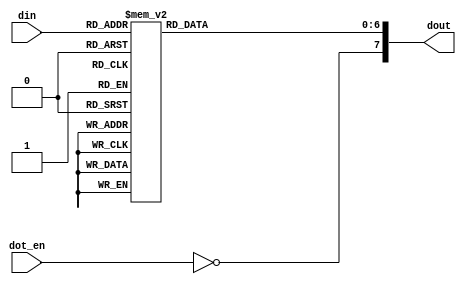
`default_nettype none
/*

  0
  __
 |5 |1
  __ 6
 |4 |2
  __3
 
 dot = 7
 
 low active 
 */

module SevenDec #(parameter DW = 4) // Hexadecimal input
  (input  wire [DW-1:0] din,
   input  wire dot_en,
   output wire [7:0] dout);

  reg [6:0] seven_dec; // NOT a register. This is for a comb circuit.

  always @(*) begin
    begin
      case(din)
        4'd0: begin
          seven_dec = 7'b1000000;
        end
        4'd1: begin
          seven_dec = 7'b1111001;
        end
        4'd2: begin
          seven_dec = 7'b0100100;
        end
        4'd3: begin
          seven_dec = 7'b0110000;
        end
        4'd4: begin
          seven_dec = 7'b0011001;
        end
        4'd5: begin
          seven_dec = 7'b0010010;
        end
        4'd6: begin
          seven_dec = 7'b0000010;
        end
        4'd7: begin
          seven_dec = 7'b1011000;
        end
        4'd8: begin
          seven_dec = 7'b0000000;
        end
        4'd9: begin
          seven_dec = 7'b0010000;
        end
        4'd10: begin // HEX A
          seven_dec = 7'b0001000;
        end
        4'd11: begin // HEX B -> "small" b not 6
          seven_dec = 7'b0000011;
        end
        4'd12: begin // HEX C
          seven_dec = 7'b1000110;
        end
        4'd13: begin // HEX D -> "small" d
          seven_dec = 7'b0100001;
        end
        4'd14: begin // HEX E
          seven_dec = 7'b0000110;
        end
        4'd15: begin // HEX F
          seven_dec = 7'b0001110;
        end
      endcase
    end
  end
  
  assign dout = {~dot_en, seven_dec};

endmodule


`default_nettype wire